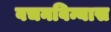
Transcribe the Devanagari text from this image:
वचनविन्यास